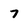
Character: 7